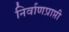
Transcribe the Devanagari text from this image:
निर्वाणप्राप्ती